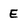
Character: E